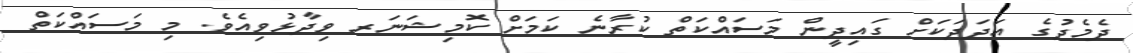
ދެމެދުގެ އަދަދަކަށް ގައިދީން މަސައްކަތް ކުރާނެ ކަމަށް ކޮމިޝަނަރ ވިދާޅުވިއެވެ. މި މަސައްކަތް